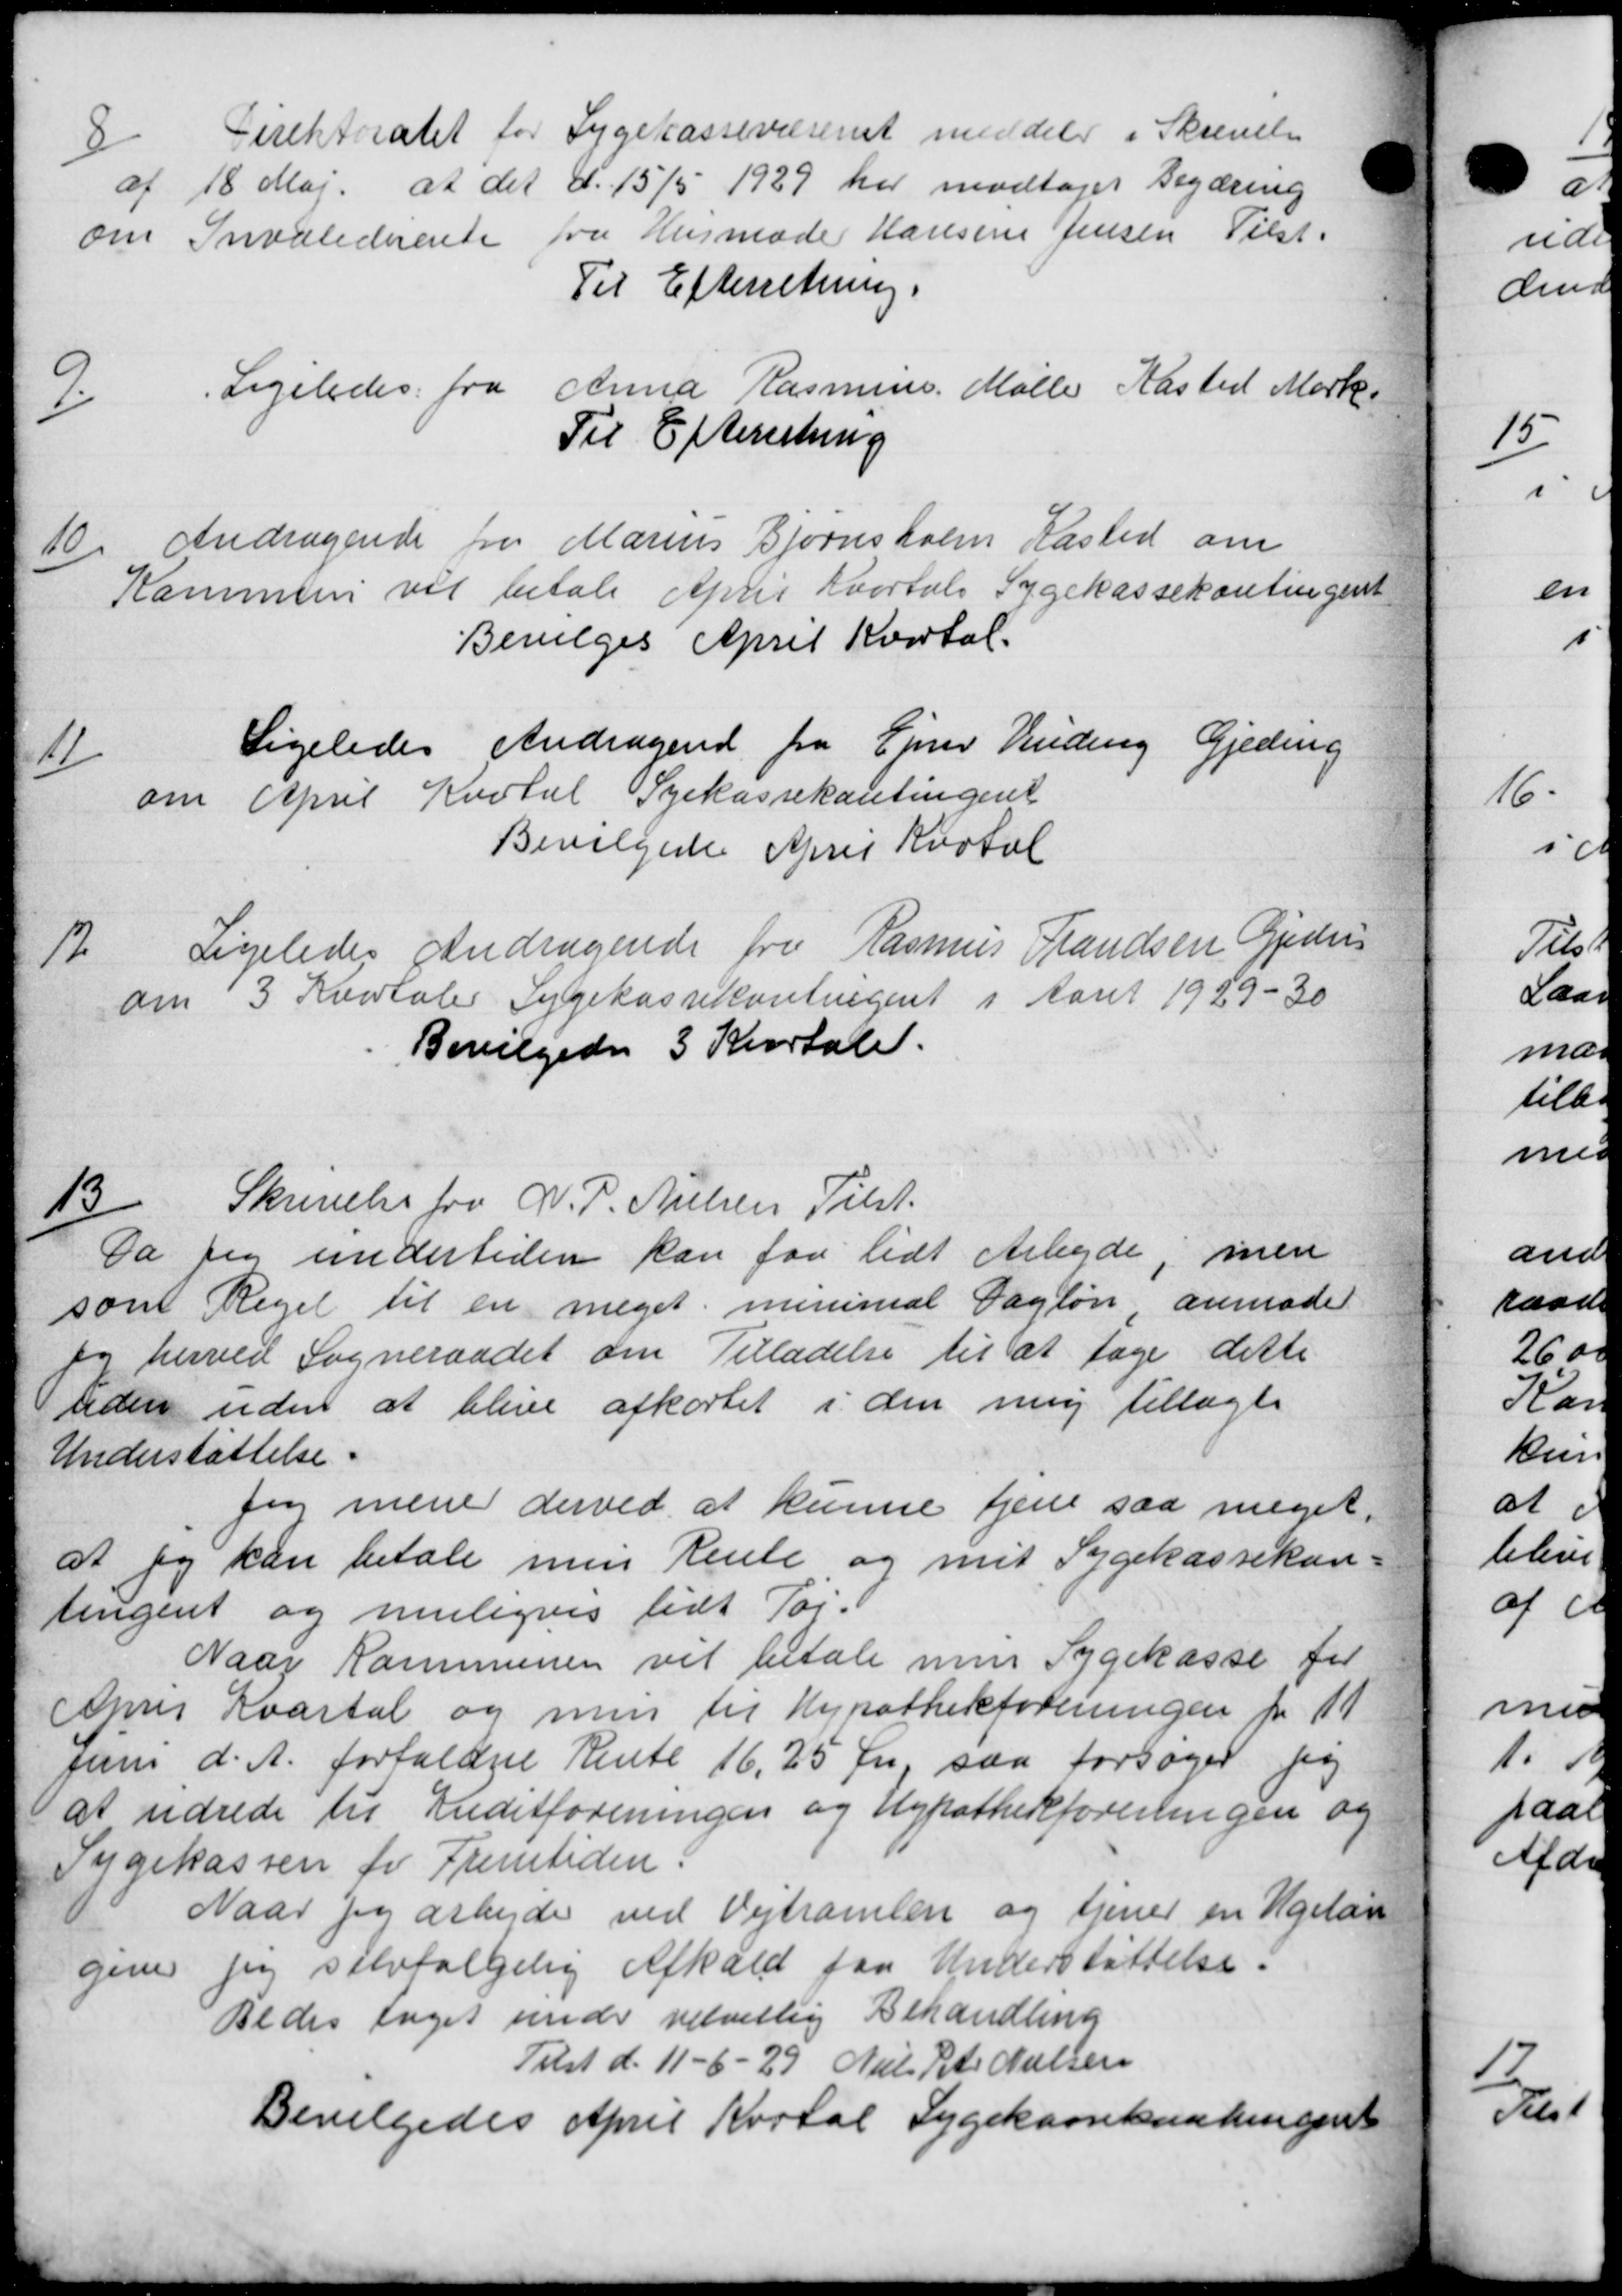
Transskription:
8/
Direktoratet for Sygekassevæsenet meddeler i Skrivelse
af 18 Maj at det d. 15/5 1929 har modtaget Begæring
om Invaliderente fra Husmode Hansine Jensen Tilst.
Til Efterretning.
9
Ligeledes fra Anna Rasmus Møller Kasted Mark
Til Efterretning
10. Andragende fra Marius Bjørnsholm Kasted om
10. Andragende fra Marius Bjørnsholm Kasted om
Kommune vil betale April Kvartals Sygekassekontingent
Bevilges April Kvartal.
11
Ligeledes Andragende fra Ejner Vinding Gjeding
om April Kvotal Syekassekantingent
Bevilgedes April Kartol
12.
Ligeledes Andragende fra Rasmus Frandsen Gjeders
om 3 Kvartaler Sygekassekontingent i Aaret 1929-30
Bevilgedes 3 Kvartale.
13/
Skrivelse fra N. P. Nielsen Tilst.
Da jeg undertiden kan for lidt Arbejde, men
som Reget til en meget, menimal Dagløn anmoder
og herved Sogneraadet om Tilladelse til at tage dette
uiden uden at blive afkortet i den mig tillagte
Understøttelse.
Jeg mene derved at kunne tjene saa meget,
at og kan betale men Rente og mit Sygekassekon-
tingent og muligvis lidt Tor-
Naar Kommunen vil betale men Sygekasse for
April Kvartal og men til Hypothekforeningen for 11
Juni d. A. forfaldne Rente 16,25 Øre, saa forsøger på
at udrede til Kreditforeningen og Hypothekforeningen og
Sygekassen for Fremtiden
Naar jeg arbejde ved Vejtromlen og tjener en Ugelan
give jeg selvvalgelig Afkald paa Understøttelse.
Bedes taget under velvillig Behandling
Tilst d. 11 - 6 - 29 Niels Peter Nielsen
Bevilgedes April Kortal Sygekassekontingent